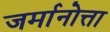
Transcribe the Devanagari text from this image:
जर्मानोत्ता